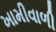
ખામીવાળી